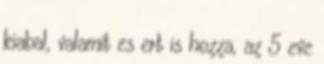
kiabal, valamit es ert is hozza, az 5 eve